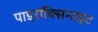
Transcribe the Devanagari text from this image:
पाइरॉक्सिनाइट